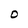
Character: O